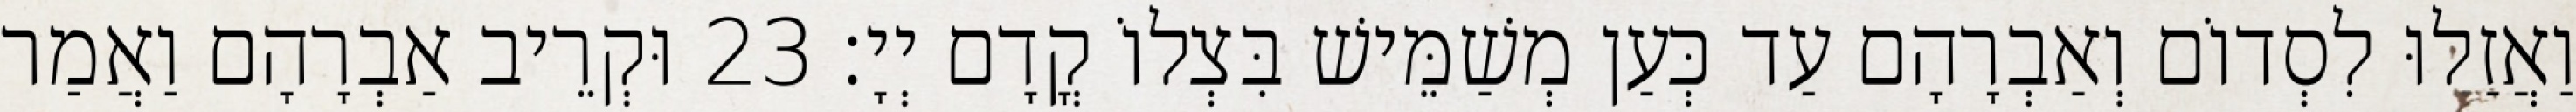
וַאֲזַלוּ לִסְדוֹם וְאַבְרָהָם עַד כְּעַן מְשַׁמֵּישׁ בִּצְלוֹ קֳדָם יְיָ׃ 23 וּקְרֵיב אַבְרָהָם וַאֲמַר